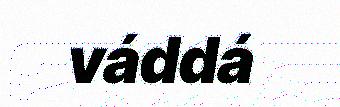
váddá